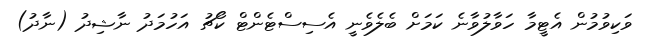
ވަކިވުމުން އެޓީމާ ހަވާލުވާނެ ކަމަށް ބެލެވެނީ އެސިސްޓެންޓް ކޯޗު އަހުމަދު ނާޝިދު (ނާދު)